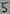
Text: 5